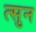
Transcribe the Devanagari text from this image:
त्सुन